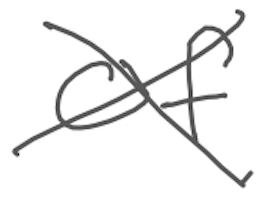
Text: of
Cross-out: cross
Writing tool: digital_gray